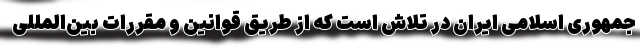
جمهوری اسلامی ایران در تلاش است که از طریق قوانین و مقررات بین‌المللی